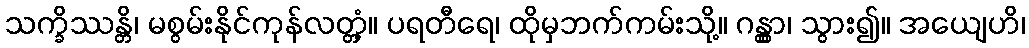
သက္ခိဿန္တိ၊ မစွမ်းနိုင်ကုန်လတ္တံ့။ ပရတီရေ၊ ထိုမှဘက်ကမ်းသို့။ ဂန္တွာ၊ သွား၍။ အယျေဟိ၊